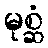
မုစ္ဆံ